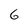
Character: 6